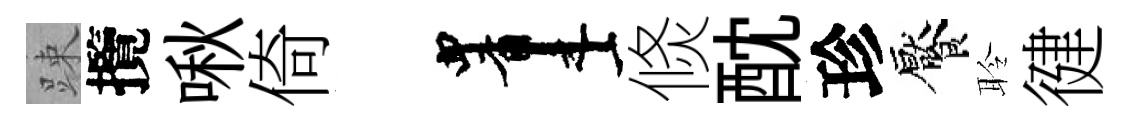
踈攬啾倚画倐酖珍饜聆徤